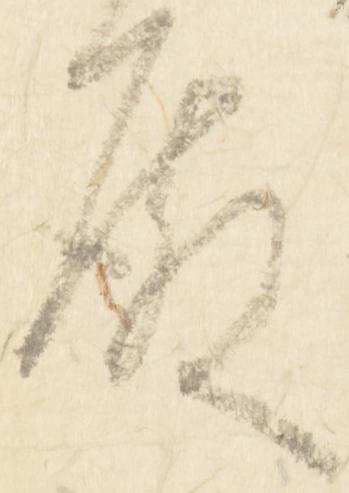
殿